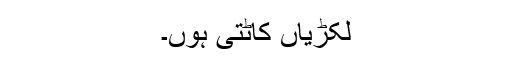
لکڑیاں کاٹتی ہوں۔